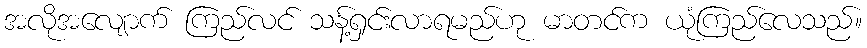
အလိုအလျောက် ကြည်လင် သန့်ရှင်းလာရမည်ဟု မာတင်က ယုံကြည်လေသည်။